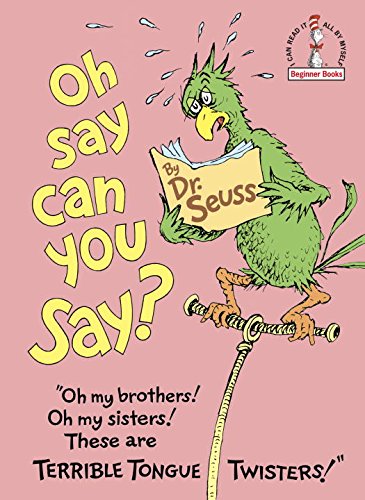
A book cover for Oh, Say Can You Say?; Theodor Seuss Geisel; Children's Books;